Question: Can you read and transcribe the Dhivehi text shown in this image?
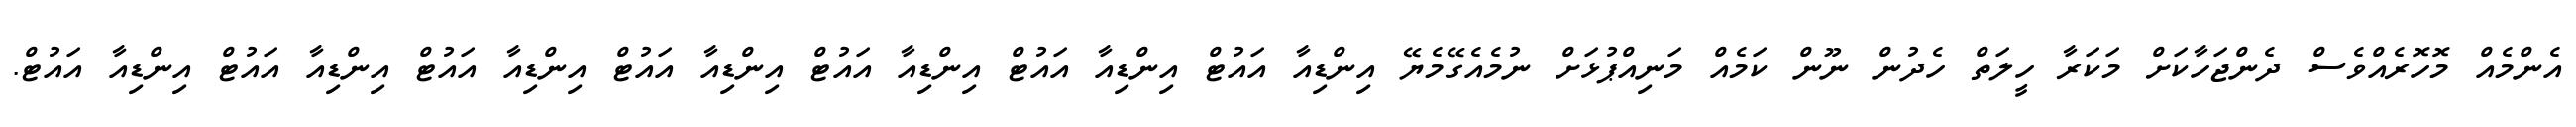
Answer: އެންމެއް މޮހޮރެއްވެސް ދެންޖަހާކަށް މަކަރާ ހީލަތް ހެދުން ނޫން ކަމެއް މަނިއްޕުޅަށް ނުމެއެގޭމެޔޭ އިންޑިއާ އައުޓް އިންޑިއާ އައުޓް އިންޑިއާ އައުޓް އިންޑިއާ އައުޓް އިންޑިއާ އައުޓް އިންޑިއާ އައުޓް އިންޑިއާ އައުޓް.